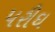
પરીઘ